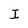
Character: I